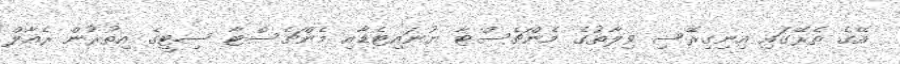
އޭގެ ތެރޭގައި އިނިގިރޭސި ވިލާތުގެ މެންޗެސްޓާ ޔުނައިޓެޑާއި މެންޗެސްޓާ ސިޓީގެ އިތުރުން ރެއާލް